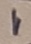
Text: 1